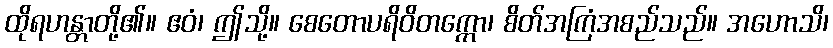
ထိုရဟန္တာတို့၏။ ဧဝံ၊ ဤသို့။ စေတောပရိဝိတက္ကော၊ စိတ်အကြံအစည်သည်။ အဟောသိ၊